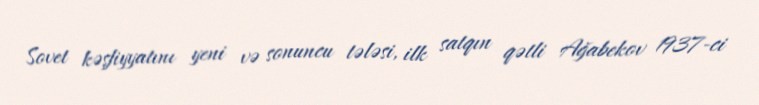
Sovet kəşfiyyatını yeni və sonuncu tələsi, ilk satqın qətli Ağabekov 1937-ci